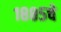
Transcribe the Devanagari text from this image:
१८८५चे